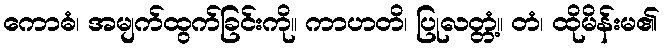
ကောဓံ၊ အမျက်ထွက်ခြင်းကို။ ကာဟတိ၊ ပြုလတ္တံ့။ တံ၊ ထိုမိန်းမ၏